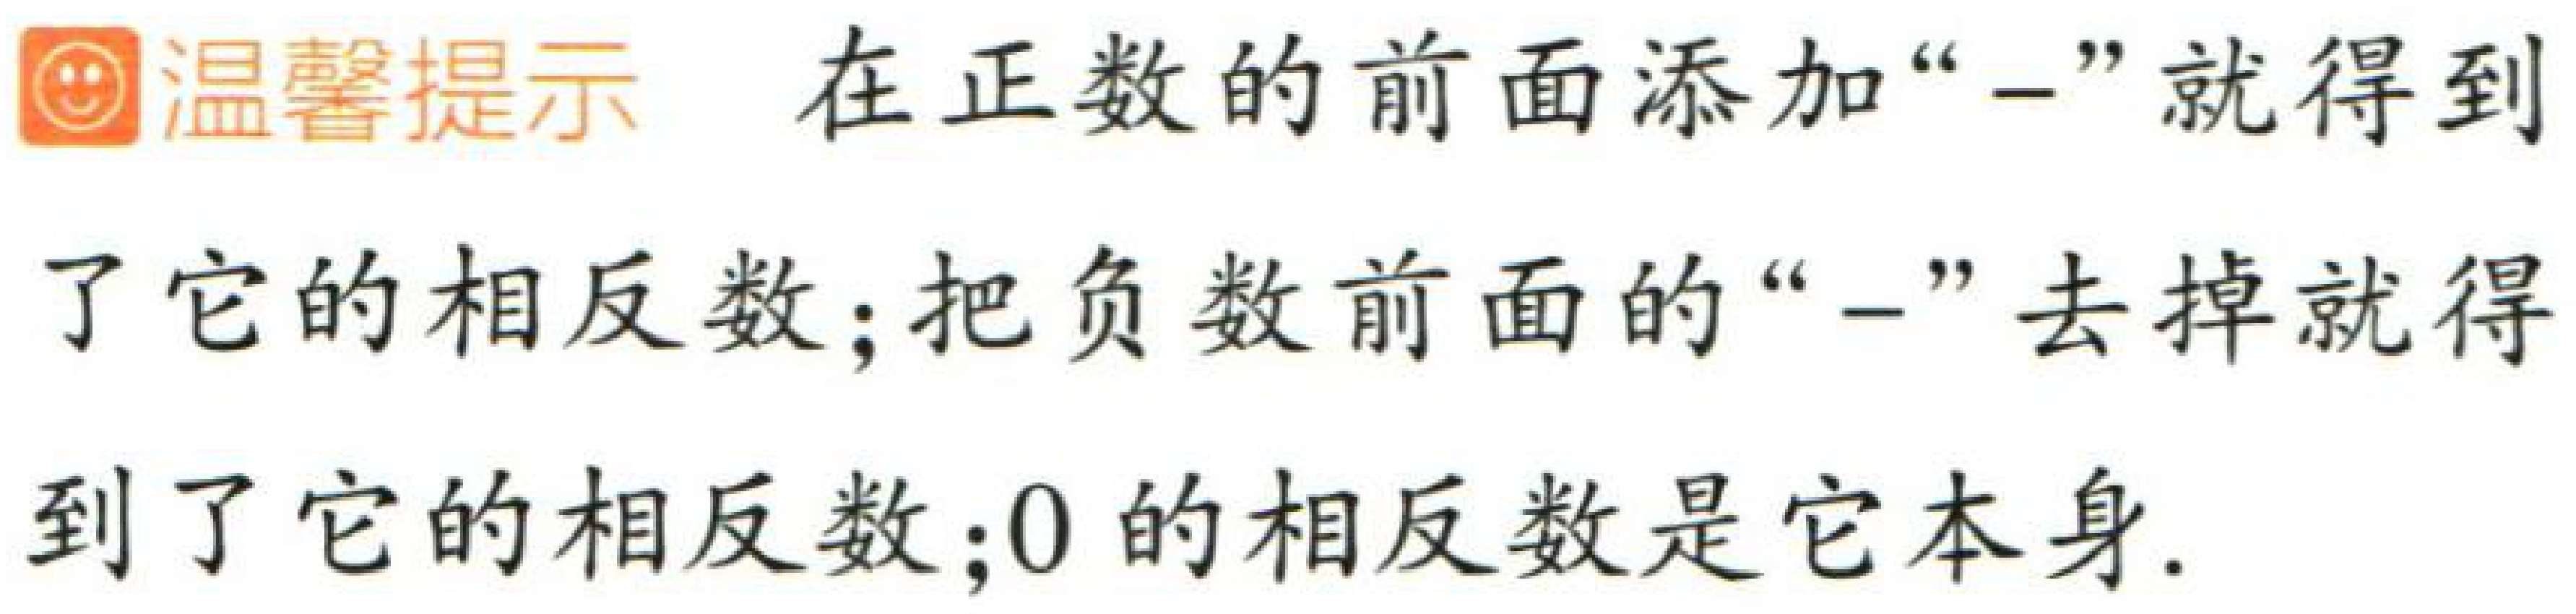
温馨提示 在正数的前面添加“-”就得到了它的相反数；把负数前面的“-”去掉就得到了它的相反数；0 的相反数是它本身.